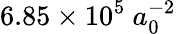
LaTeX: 6.85\times 10^{5}\ a_{0}^{-2}